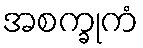
အစက္ခုကံ